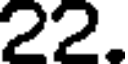
22.